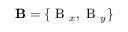
\mathbf B = \{ \mathrm { ~ B ~ } _ { x } , \mathrm { ~ B ~ } _ { y } \}